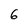
Character: 6